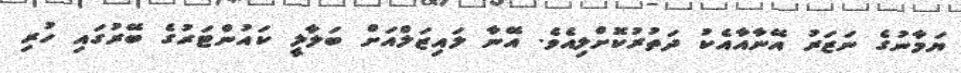
ޔަމާނުގެ ނަޒަރު އޭނާއާއެކު ދަތުރުކޮށްލިއެވެ. އޭނާ ލައިޒަލްއަށް ބަލާލީ ކައުންޓަރުގެ ބޭރުގައި ހުރި